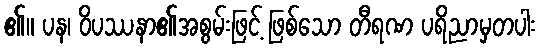
၏။ ပန၊ ဝိပဿနာ၏အစွမ်းဖြင့် ဖြစ်သော တီရဏ ပရိညာမှတပါး